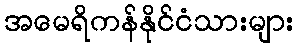
အမေရိကန်နိုင်ငံသားများ